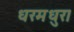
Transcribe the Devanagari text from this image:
धरमधुर।